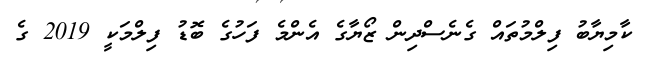
ކާމިޔާބު ފިލްމުތައް ގެނެސްދިން ޒޯޔާގެ އެންމެ ފަހުގެ ބޮޑު ފިލްމަކީ 2019 ގެ